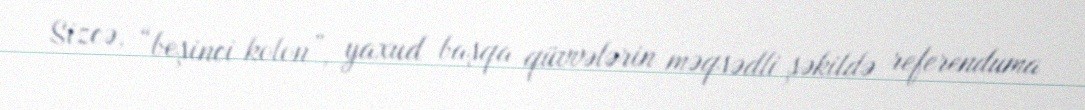
Sizcə, “beşinci kolon”, yaxud başqa qüvvələrin məqsədli şəkildə referenduma